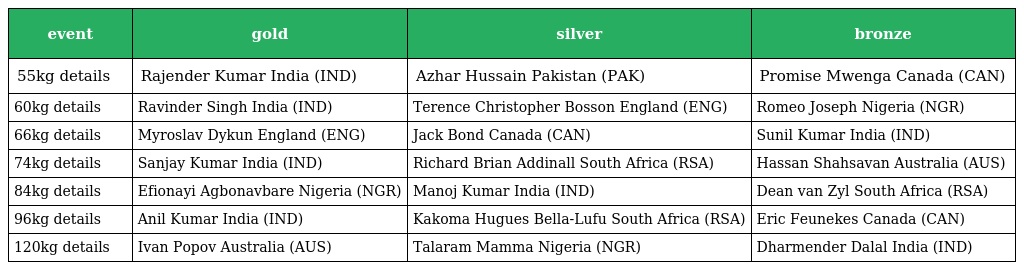
| event | gold | silver | bronze |
 | --- | --- | --- | --- |
 | 55kg details | Rajender Kumar India (IND) | Azhar Hussain Pakistan (PAK) | Promise Mwenga Canada (CAN) |
 | 60kg details | Ravinder Singh India (IND) | Terence Christopher Bosson England (ENG) | Romeo Joseph Nigeria (NGR) |
 | 66kg details | Myroslav Dykun England (ENG) | Jack Bond Canada (CAN) | Sunil Kumar India (IND) |
 | 74kg details | Sanjay Kumar India (IND) | Richard Brian Addinall South Africa (RSA) | Hassan Shahsavan Australia (AUS) |
 | 84kg details | Efionayi Agbonavbare Nigeria (NGR) | Manoj Kumar India (IND) | Dean van Zyl South Africa (RSA) |
 | 96kg details | Anil Kumar India (IND) | Kakoma Hugues Bella-Lufu South Africa (RSA) | Eric Feunekes Canada (CAN) |
 | 120kg details | Ivan Popov Australia (AUS) | Talaram Mamma Nigeria (NGR) | Dharmender Dalal India (IND) |